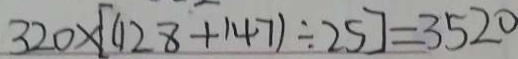
3 2 0 \times [ ( 1 2 8 + 1 4 7 ) \div 2 5 ] = 3 5 2 0